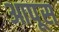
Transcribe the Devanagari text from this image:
आपूस